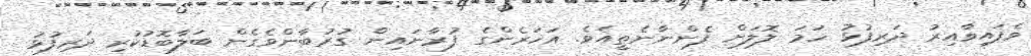
ވެފައިވާއިރު ދަރިފުޅު ހަމަ ލޮލަށް ފެންނާނެތީއެވެ. އަހަރެންގެ ފުރާނައިން ގުރުބާންވެގެން ބަލާބޮޑުކުރި ދަރިފުޅު